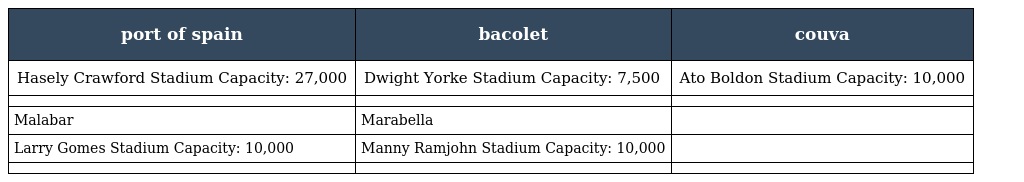
| port of spain | bacolet | couva |
 | --- | --- | --- |
 | Hasely Crawford Stadium Capacity: 27,000 | Dwight Yorke Stadium Capacity: 7,500 | Ato Boldon Stadium Capacity: 10,000 |
 |  |  |  |
 | Malabar | Marabella |  |
 | Larry Gomes Stadium Capacity: 10,000 | Manny Ramjohn Stadium Capacity: 10,000 |  |
 |  |  |  |